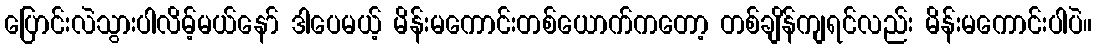
ပြောင်းလဲသွားပါလိမ့်မယ်နော် ဒါပေမယ့် မိန်းမကောင်းတစ်ယောက်ကတော့ တစ်ချိန်ကျရင်လည်း မိန်းမကောင်းပါပဲ။